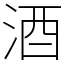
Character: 酒